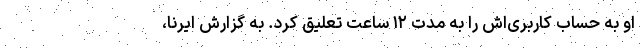
او به حساب کاربری‌اش را به مدت ۱۲ ساعت تعلیق کرد. به گزارش ایرنا،